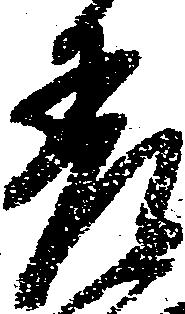
差